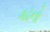
ગઢનો